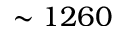
\sim 1 2 6 0